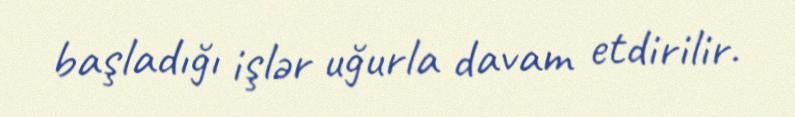
başladığı işlər uğurla davam etdirilir.